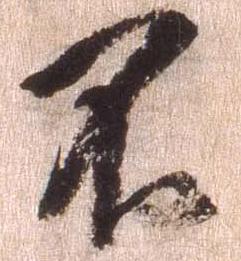
不